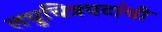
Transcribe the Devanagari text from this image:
लघुचित्रपटांची